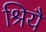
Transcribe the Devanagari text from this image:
श्रियै